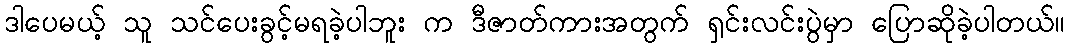
ဒါပေမယ့် သူ သင်ပေးခွင့်မရခဲ့ပါဘူး က ဒီဇာတ်ကားအတွက် ရှင်းလင်းပွဲမှာ ပြောဆိုခဲ့ပါတယ်။